Annual report of the Bengal Veterinary College and of the Civil Veterinary Department, Bengal, for the year 1908-1909 - 1908-1909
Year: 1908
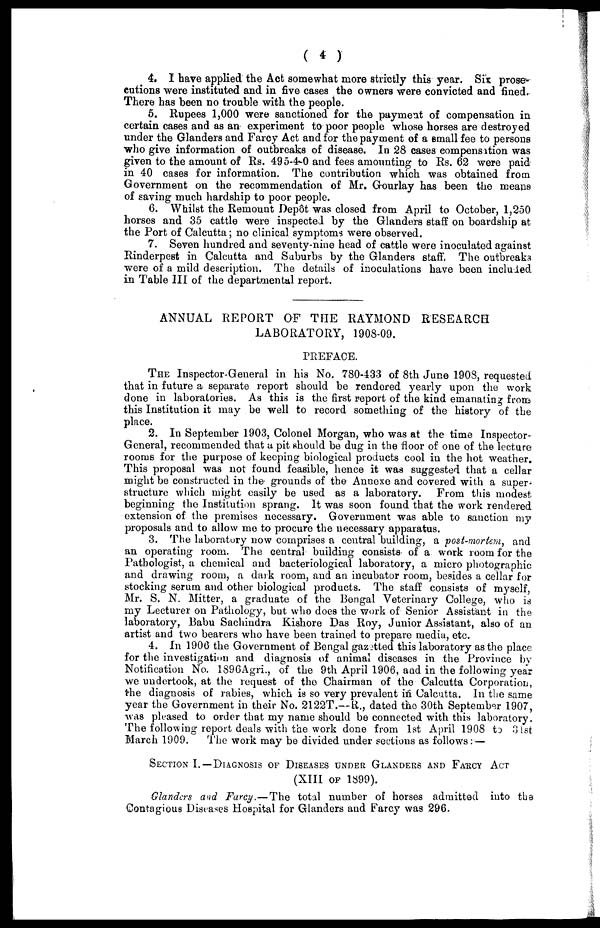
( 4 )
4. I have applied the Act somewhat more strictly this year. Six prose-
cutions were instituted and in five cases the owners were convicted and fined.
There has been no trouble with the people.
5. Rupees 1,000 were sanctioned for the payment of compensation in
certain cases and as an experiment to poor people whose horses are destroyed
under the Glanders and Farcy Act and for the payment of a small fee to persons
who give information of outbreaks of disease. In 28 cases compensation was
given to the amount of Rs. 495-4-0 and fees amounting to Rs. 62 were paid
in 40 cases for information. The contribution which was obtained from
Government on the recommendation of Mr. Grourlay has been the means
of saving much hardship to poor people.
(3. Whilst the Remount Depôt was closed from April to October, 1,250
horses and 35 cattle were inspected by the Glanders staff on boardship at
the Port of Calcutta; no clinical symptoms were observed.
7. Seven hundred and seventy-nine head of cattle were inoculated against
Rinderpest in Calcutta and Suburbs by the Glanders staff. The outbreaks
were of a mild description. The details of inoculations have been included
in Table III of the departmental report.
ANNUAL REPORT OF THE RAYMOND RESEARCH
LABORATORY, 1908-09.
PREFACE.
THE Inspector-General in his No. 780-433 of 8th June 1908, requested
that in future a separate report should be rendered yearly upon the work
done in laboratories. As this is the first report of the kind emanating from
this Institution it may be well to record something of the history of the
place.
2. In September 1903, Colonel Morgan, who was at the time Inspector¬
General, recommended that a pit should be dug in the floor of one of the lecture
rooms for the purpose of keeping biological products cool in the hot weather.
This proposal was not found feasible, hence it was suggested that a cellar
might be constructed in the grounds of the Annexe and covered with a super¬
structure which might easily be used as a laboratory. From this modest
beginning the Institution sprang. It was soon found that the work rendered
extension of the premises necessary. Government was able to sanction my
proposals and to allow me to procure the necessary apparatus.
3. The laboratory now comprises a central building, a post-mortem, and
an operating room. The central building consists of a work room for the
Pathologist, a chemical and bacteriological laboratory, a micro photographic
and drawing room, a dark room, and an incubator room, besides a cellar for
stocking serum and other biological products. The staff consists of myself,
Mr. S. N. Mitter, a graduate of the Bengal Veterinary College, who is
my Lecturer on Pathology, but who does the work of Senior Assistant in the
laboratory, Babu Sachindra Kishore Das Roy, Junior Assistant, also of an
artist and two bearers who have been trained to prepare media, etc.
4. In 1906 the Government of Bengal gazetted this laboratory as the place
for the investigation and diagnosis of animal diseases in the Province by
Notification No. 1896Agri., of the 9th April 1906, and in the following year
we undertook, at the request of the Chairman of the Calcutta Corporation,
the diagnosis of rabies, which is so very prevalent in Calcutta. In the same
year the Government in their No. 2122T.—R., dated the 30th September 1907,
was pleased to order that my name should be connected with this laboratory.
The following report deals with the work done from 1st April 1908 to 31st
March 1909.
The work may be divided under sections as follows: —
SECTION I.—DIAGNOSIS OF DISEASES UNDER GLANDERS AND FARCY ACT
(XIII OF 1899).
Glanders and Farcy.—The total number of horses admitted into the
Contagious Diseases Hospital for Glanders and Farcy was 296.